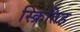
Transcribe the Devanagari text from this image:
स्क्रितिह